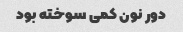
دور نون کمی سوخته بود